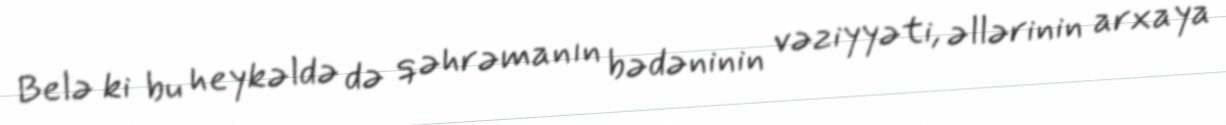
Belə ki bu heykəldə də qəhrəmanın bədəninin vəziyyəti, əllərinin arxaya